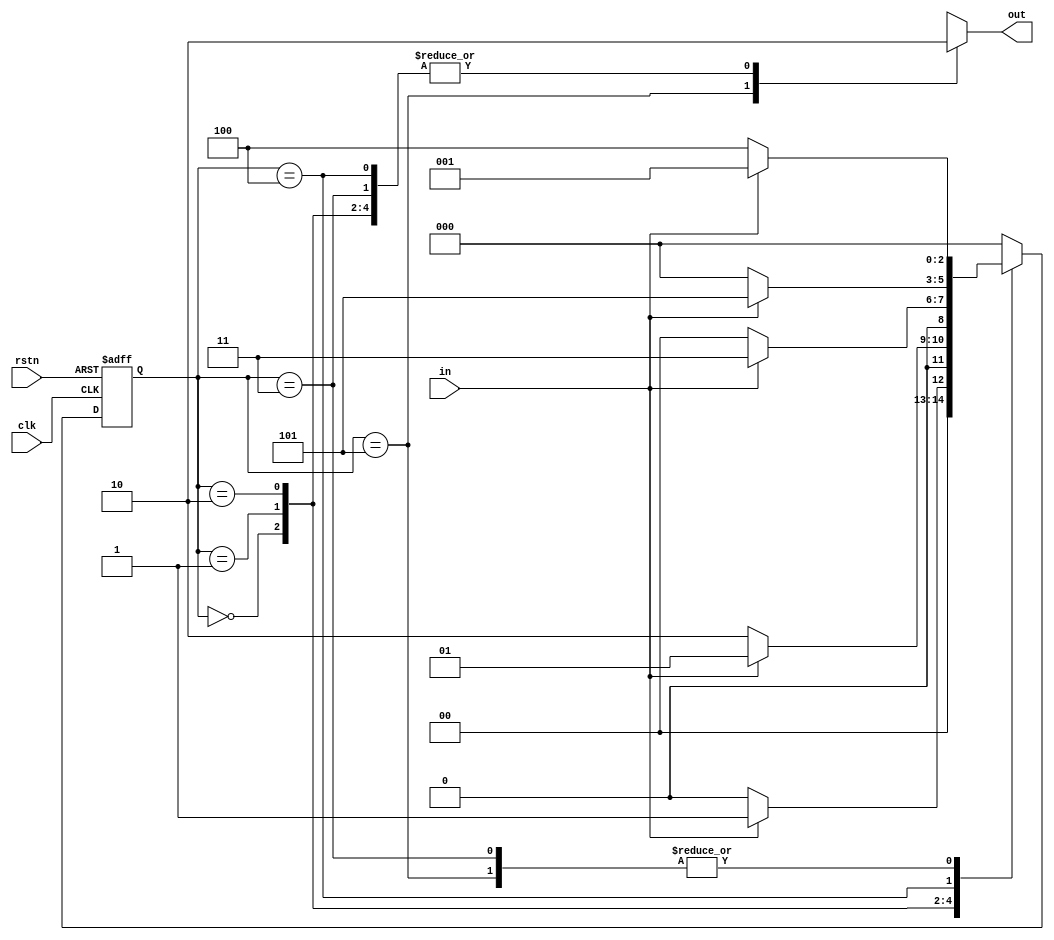
`timescale 1ns / 1ps
//////////////////////////////////////////////////////////////////////////////////
// Company: 
// Engineer: 
// 
// Design Name: 
// Module Name: FSM_addition
// Project Name: 
// Target Devices: 
// Tool Versions: 
// Description: 
// 
// Dependencies: 
// 
// Revision:
// Revision 0.01 - File Created
// Additional Comments:
// 
//////////////////////////////////////////////////////////////////////////////////


module FSM_addition(
    input clk,
    input rstn,
    input in,
    output reg out
    );
    localparam S0 = 3'b000;
    localparam S1 = 3'b001;
    localparam S2 = 3'b010;
    localparam S3 = 3'b011;
    localparam S4 = 3'b100;
    localparam S5 = 3'b101;
    reg [2:0] state;
    reg [2:0] next_state;
    always@(negedge rstn or posedge clk)begin
    if(!rstn) begin
        state <= S0;
    end     
    else begin
        state <= next_state;
    end
    end
    always@(*) begin
    case(state)
    S0:begin
        next_state = in ? S1 : S0;
    end
    S1:begin
        next_state = in ? S1 : S2;
    end
    S2:begin
        next_state = in ? S3 : S0;
    end   
    S3:begin
        next_state = in ? S1 : S4;
    end
    S4:begin
        next_state = in ? S5 : S0;
    end
    S5:begin
        next_state = in ? S1 : S4;
    end
    default: next_state = S0;
    endcase
    end
     
    always@(*) begin
    case(state)
    S5:out = 1'b1;
    S0:out = 1'b0;
    S1:out = 1'b0;
    S2:out = 1'b0;
    S3:out = 1'b0;
    S4:out = 1'b0;
    default: out = 1'bx;
    endcase
    end
endmodule